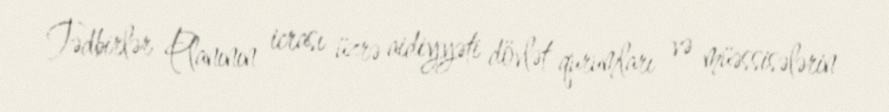
Tədbirlər Planının icrası üzrə aidiyyəti dövlət qurumları və müəssisələrin